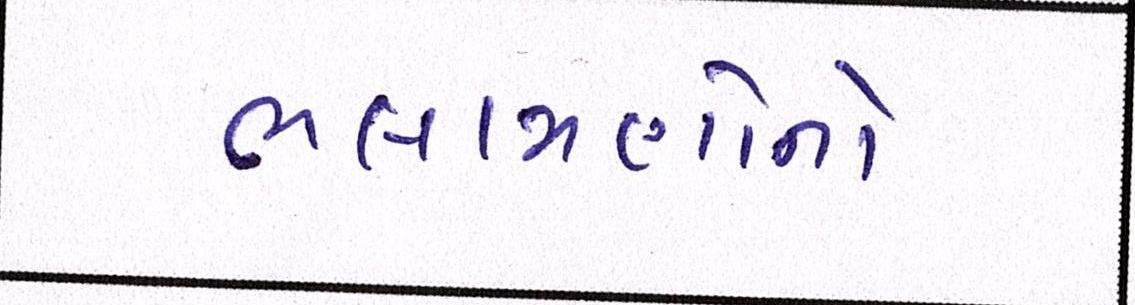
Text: ભલામણોનો